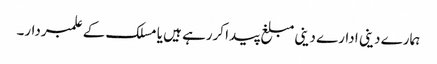
ہمارے دینی ادارے دینی مبلغ پیدا کررہے ہیں یا مسلک کے علمبردار۔